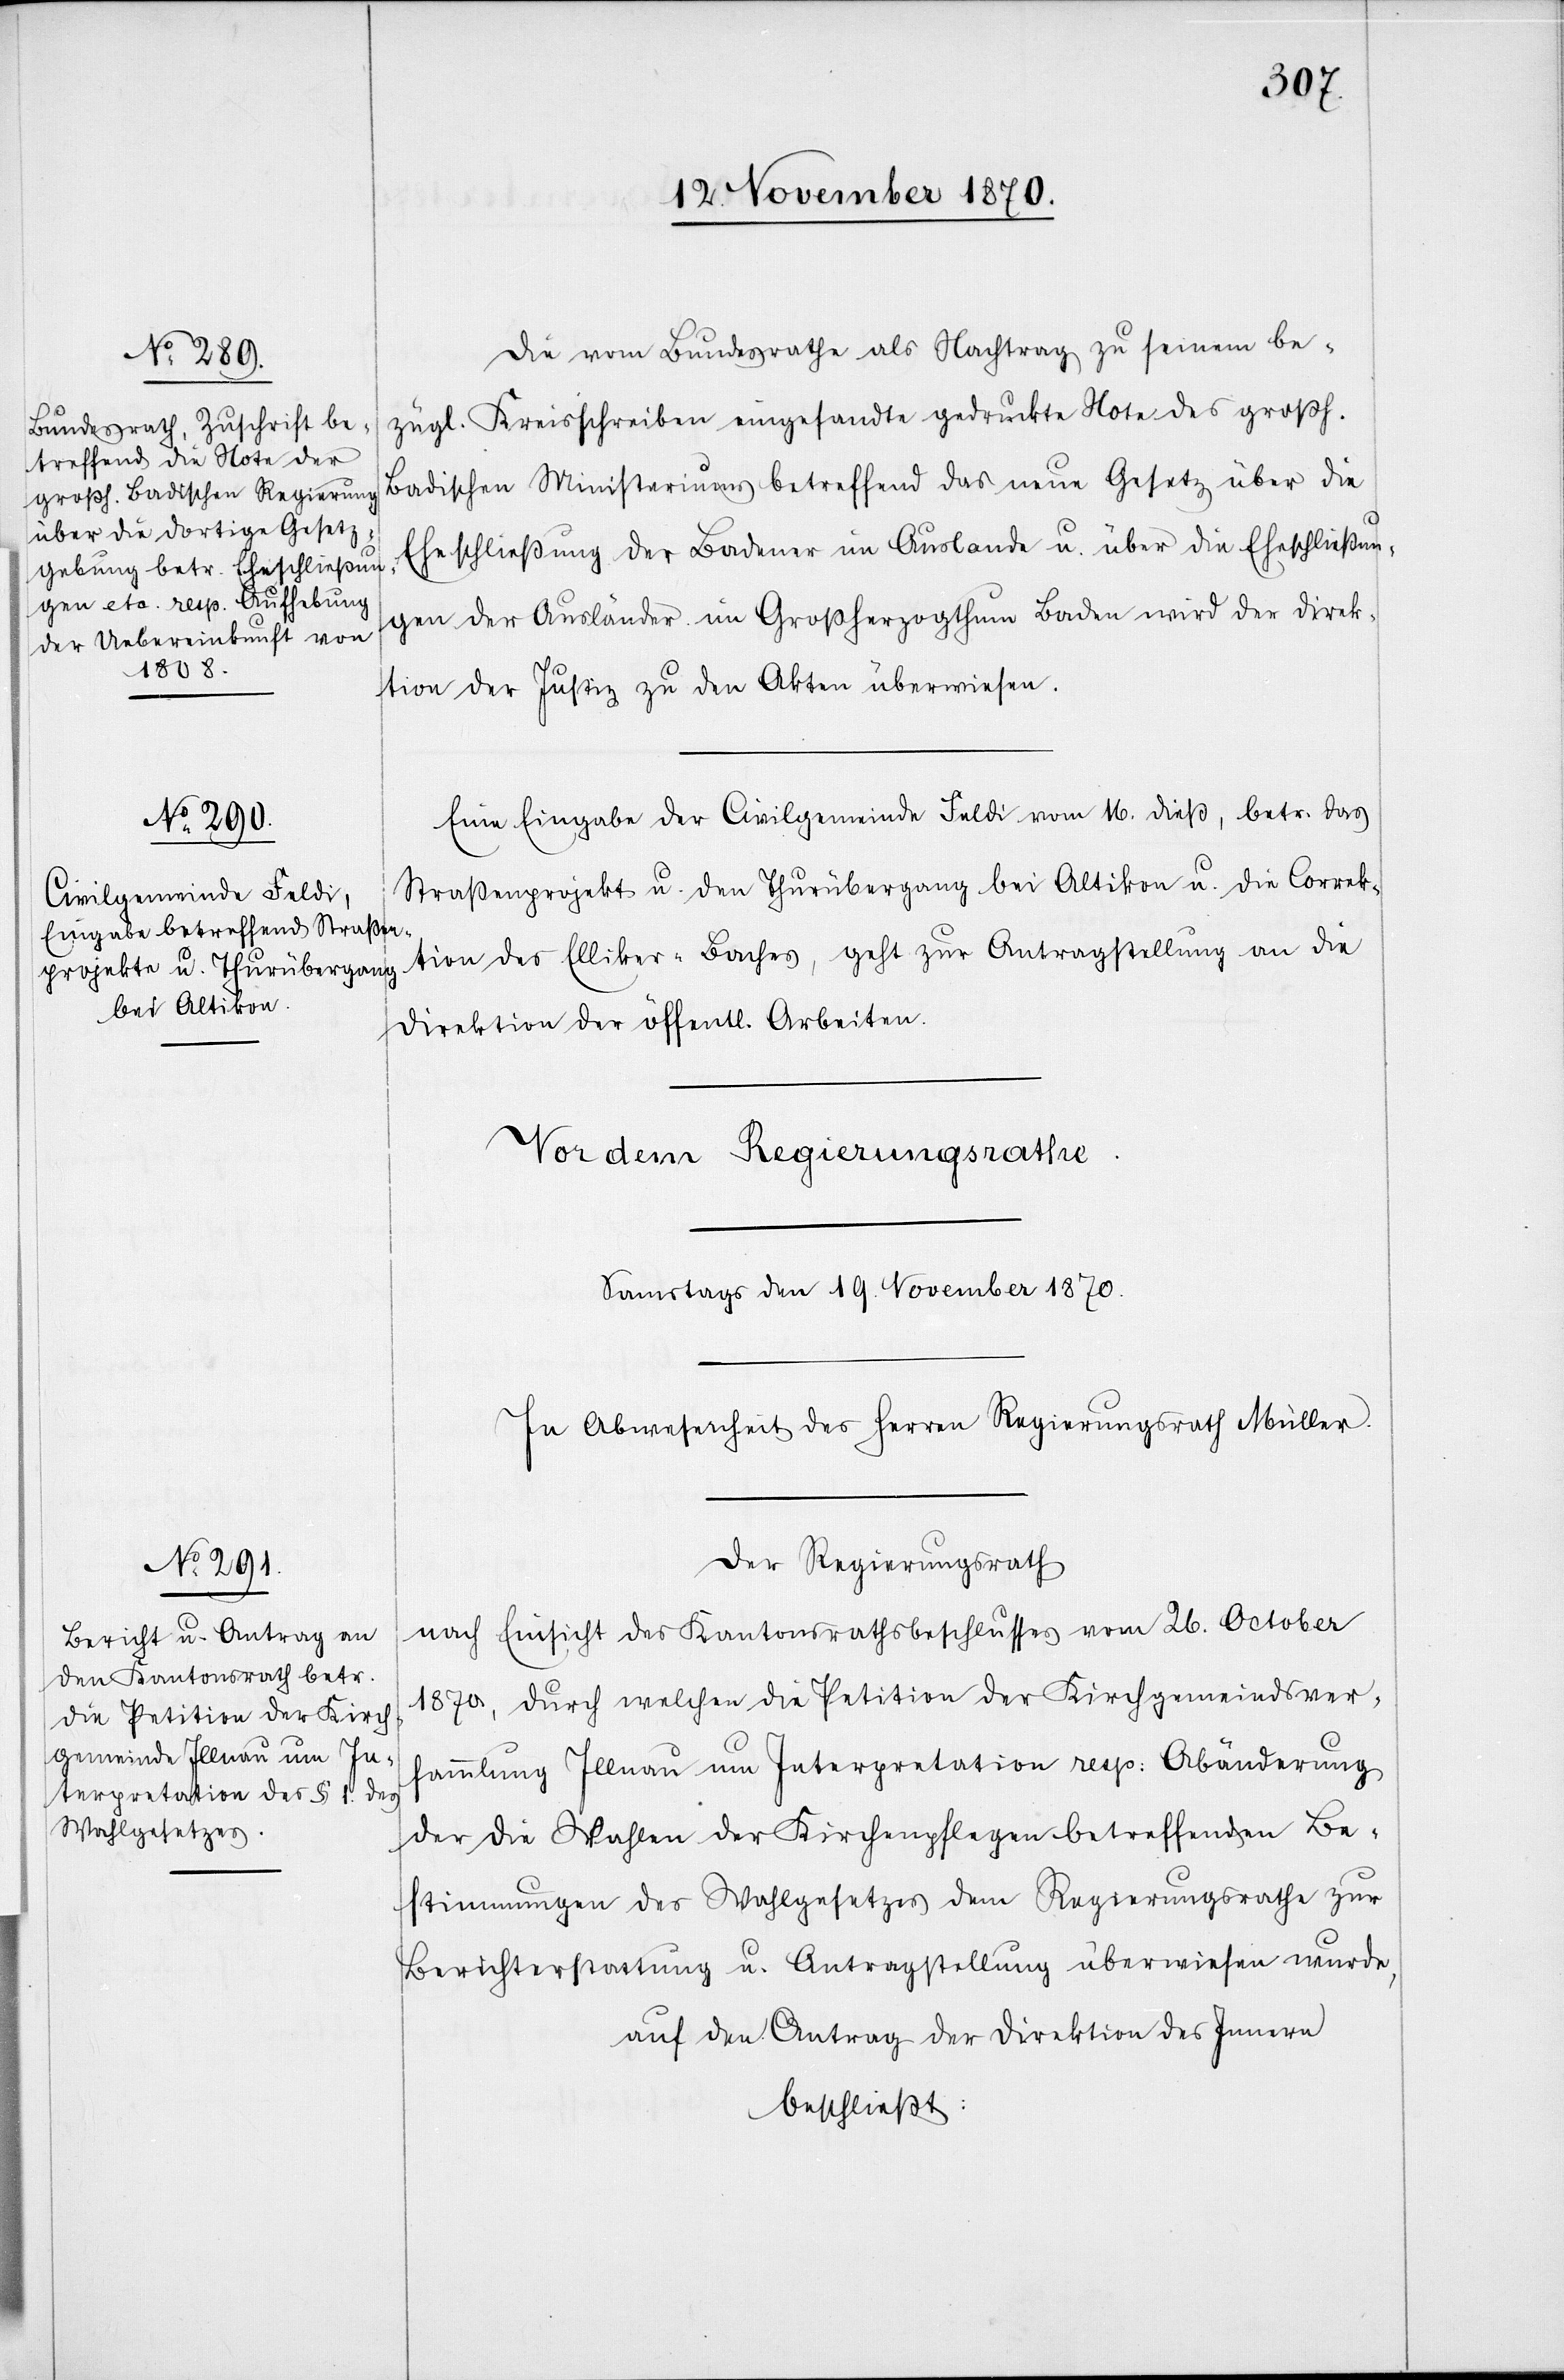
Die vom Bundesrathe als Nachtrag zu seinem be¬
zügl. Kreisschreiben eingesandte gedruckte Note des großh.
Badischen Ministeriums betreffend das neue Gesetz über die
Eheschließung der Badener im Auslande u. über die Eheschließun¬
gen der Ausländer im Großherzogthum Baden wird der Direk¬
tion der Justiz zu den Akten überwiesen.
Eine Eingabe der Civilgemeinde Feldi vom 16. dieß, betr. das
Straßenprojekt u. den Thurübergang bei Altikon u. die Correk¬
tion des Elliker-Baches, geht zur Antragstellung an die
Direktion der öffentl. Arbeiten.
Der Regierungsrath
nach Einsicht des Kantonsrathsbeschlusses vom 26. October
1870, durch welchen die Petition der Kirchgemeindsver¬
sammlung Illnau um Interpretation resp: Abänderung
der die Wahlen der Kirchenpflegen betreffenden Be¬
stimmungen des Wahlgesetzes dem Regierungsrathe zur
Berichterstattung u. Antragstellung überwiesen wurde,
auf den Antrag der Direktion des Innern
beschließt: